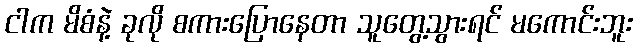
ငါက မိစံနဲ့ ခုလို စကားပြောနေတာ သူတွေ့သွားရင် မကောင်းဘူး